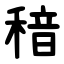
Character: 䅧